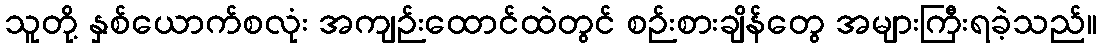
သူတို့ နှစ်ယောက်စလုံး အကျဉ်းထောင်ထဲတွင် စဉ်းစားချိန်တွေ အများကြီးရခဲ့သည်။